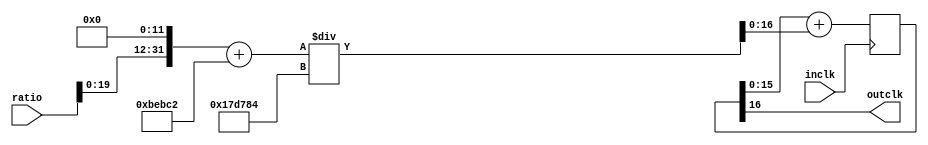
// inclk: External Clock
// outclk: Output Clock
// ratio: Desired Frequency
module divclk(inclk,outclk,ratio);
	input inclk;
	input [31:0] ratio;
	output outclk;
	
	parameter RatioWidth = 16;
	parameter ClkFrq = 25000000;
	
	reg [RatioWidth:0] RatioAcc;

	wire [RatioWidth:0] RatioInc=((ratio<<(RatioWidth-4)) + (ClkFrq>>5)) / (ClkFrq>>4);
	
	wire outclk = RatioAcc[RatioWidth];
	
	always @(posedge inclk) begin
		RatioAcc <= RatioAcc[RatioWidth-1:0] + RatioInc;					// Generated a posedge,lasts a clk period
	end
endmodule